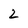
Character: 2